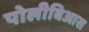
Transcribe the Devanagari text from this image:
पोलीबिआस